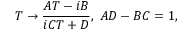
T \rightarrow \frac { A T - i B } { i C T + D } , \; A D - B C = 1 ,